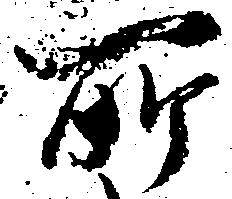
所